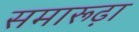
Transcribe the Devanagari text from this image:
समारूढ़ा